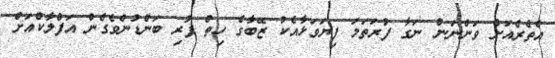
އެތެރެއަށް ވަންނަން ނަގާ ފުރަތަމަ ފިޔަވަޅާއެކު ޒޭބާގެ ހިތް ފުރި ބަންޑުންވެގެން އަފްލާކްއަށް